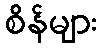
စိန်များ